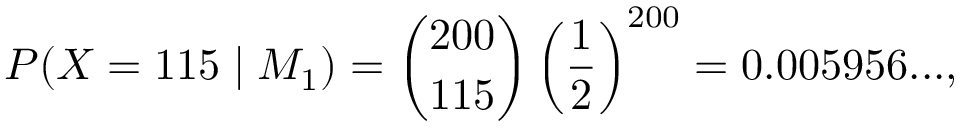
P ( X = 1 1 5 \mid M _ { 1 } ) = { \binom { 2 0 0 } { 1 1 5 } } \left( { \frac { 1 } { 2 } } \right) ^ { 2 0 0 } = 0 . 0 0 5 9 5 6 . . . ,